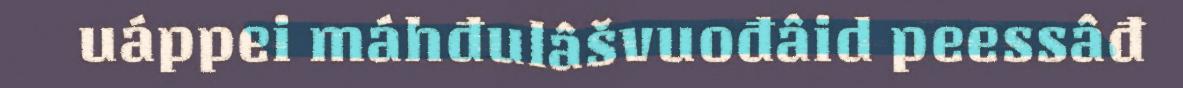
uáppei máhđulâšvuođâid peessâđ